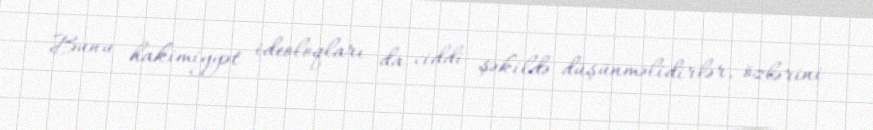
Bunu hakimiyyət ideoloqları da ciddi şəkildə düşünməlidirlər, özlərini